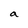
Character: a